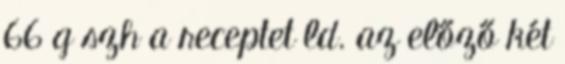
66 g szh a receptet ld. az előző két